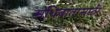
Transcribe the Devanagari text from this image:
संधिवातासाठी